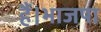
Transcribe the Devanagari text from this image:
हैं।भाजपा